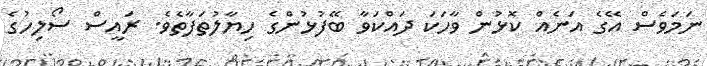
ނަމަވެސް އޭގެ އަނެއް ކޮޅުން ވާހަކަ ދައްކަވާ ބޭފުޅުންގެ ހިޔާލުތަފާތެވެ. ރައީސް ސޯލިހުގެ